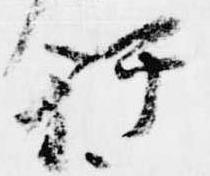
行